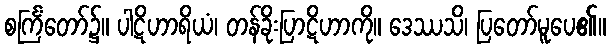
စင်္ကြံတော်၌။ ပါဋိဟာရိယံ၊ တန်ခိုးပြာဋိဟာကို။ ဒေဿသိ၊ ပြတော်မူပေ၏။